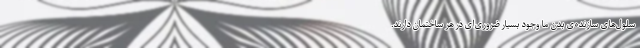
سلول‌های سازنده‌ی بدن ما وجود بسیار ضروری‌ای در هر ساختمان دارند.